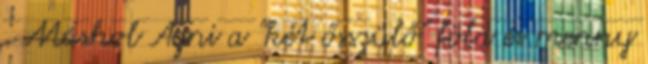
. Máshol Agni a "két ősszülő" föld és menny